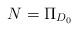
LaTeX: \begin{align*}N = \Pi_{D_0}\end{align*}